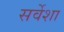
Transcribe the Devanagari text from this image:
सर्वेशा